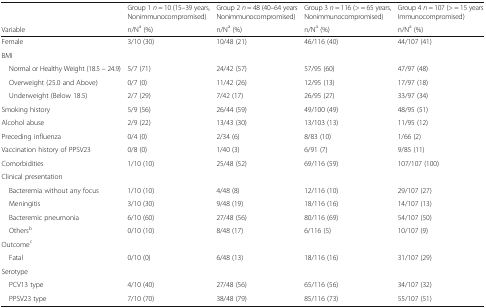
<table><thead><tr><td></td><td><b>Group 1 <i>n</i> = 10 (15–39 years, Nonimmunocompromised)</b></td><td><b>Group 2 <i>n</i> = 48 (40–64 years Nonimmunocompromised)</b></td><td><b>Group 3 <i>n</i> = 116 (&gt; = 65 years, Nonimmunocompromised)</b></td><td><b>Group 4 <i>n</i> = 107 (&gt; = 15 years Immunocompromised)</b></td></tr><tr><td><b>Variable</b></td><td><b>n/N<sup>a</sup> (%)</b></td><td><b>n/N<sup>a</sup> (%)</b></td><td><b>n/N<sup>a</sup> (%)</b></td><td><b>n/N<sup>a</sup> (%)</b></td></tr></thead><tbody><tr><td>Female</td><td>3/10 (30)</td><td>10/48 (21)</td><td>46/116 (40)</td><td>44/107 (41)</td></tr><tr><td colspan="5">BMI</td></tr><tr><td> Normal or Healthy Weight (18.5 – 24.9)</td><td>5/7 (71)</td><td>24/42 (57)</td><td>57/95 (60)</td><td>47/97 (48)</td></tr><tr><td> Overweight (25.0 and Above)</td><td>0/7 (0)</td><td>11/42 (26)</td><td>12/95 (13)</td><td>17/97 (18)</td></tr><tr><td> Underweight (Below 18.5)</td><td>2/7 (29)</td><td>7/42 (17)</td><td>26/95 (27)</td><td>33/97 (34)</td></tr><tr><td>Smoking history</td><td>5/9 (56)</td><td>26/44 (59)</td><td>49/100 (49)</td><td>48/95 (51)</td></tr><tr><td>Alcohol abuse</td><td>2/9 (22)</td><td>13/43 (30)</td><td>13/103 (13)</td><td>11/95 (12)</td></tr><tr><td>Preceding influenza</td><td>0/4 (0)</td><td>2/34 (6)</td><td>8/83 (10)</td><td>1/66 (2)</td></tr><tr><td>Vaccination history of PPSV23</td><td>0/8 (0)</td><td>1/40 (3)</td><td>6/91 (7)</td><td>9/85 (11)</td></tr><tr><td>Comorbidities</td><td>1/10 (10)</td><td>25/48 (52)</td><td>69/116 (59)</td><td>107/107 (100)</td></tr><tr><td colspan="5">Clinical presentation</td></tr><tr><td> Bacteremia without any focus</td><td>1/10 (10)</td><td>4/48 (8)</td><td>12/116 (10)</td><td>29/107 (27)</td></tr><tr><td> Meningitis</td><td>3/10 (30)</td><td>9/48 (19)</td><td>18/116 (16)</td><td>14/107 (13)</td></tr><tr><td> Bacteremic pneumonia</td><td>6/10 (60)</td><td>27/48 (56)</td><td>80/116 (69)</td><td>54/107 (50)</td></tr><tr><td> Others<sup>b</sup></td><td>0/10 (10)</td><td>8/48 (17)</td><td>6/116 (5)</td><td>10/107 (9)</td></tr><tr><td colspan="5">Outcome<sup>c</sup></td></tr><tr><td> Fatal</td><td>0/10 (0)</td><td>6/48 (13)</td><td>18/116 (16)</td><td>31/107 (29)</td></tr><tr><td colspan="5">Serotype</td></tr><tr><td> PCV13 type</td><td>4/10 (40)</td><td>27/48 (56)</td><td>65/116 (56)</td><td>34/107 (32)</td></tr><tr><td> PPSV23 type</td><td>7/10 (70)</td><td>38/48 (79)</td><td>85/116 (73)</td><td>55/107 (51)</td></tr></tbody></table>